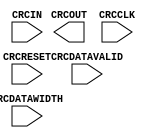
// $Header: /devl/xcs/repo/env/Databases/CAEInterfaces/xec_libs/data/unisims/CRC64.v,v 1.1 2007/05/02 17:26:43 vandanad Exp $
///////////////////////////////////////////////////////////////////////////////
// Copyright (c) 1995/2006 Xilinx, Inc.
// All Right Reserved.
///////////////////////////////////////////////////////////////////////////////
//   ____  ____
//  /   /\/   /
// /___/  \  /    Vendor : Xilinx
// \   \   \/     Version : 8.2i
//  \   \         Description : Xilinx Formal Verification Library Component
//  /   /                  Cyclic Redundancy Check 64-bit Input Simulation Model
// /___/   /\     Filename : CRC64.v
// \   \  /  \    Timestamp : Wed Jun  7 16:13:41 PDT 2006
//  \___\/\___\
//
// Revision:
//    06/07/06 - Initial version.
// End Revision

`timescale  1 ps / 1 ps

module CRC64 (
	      CRCOUT,
	      CRCCLK,
	      CRCDATAVALID,
	      CRCDATAWIDTH,
	      CRCIN,
	      CRCRESET
	      );

    parameter CRC_INIT = 32'hFFFFFFFF;
    output [31:0] CRCOUT;
    input CRCCLK;
    input CRCDATAVALID;
    input [2:0] CRCDATAWIDTH;
    input [63:0] CRCIN;
    input CRCRESET;
    
endmodule